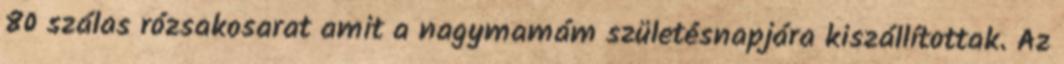
80 szálas rózsakosarat amit a nagymamám születésnapjára kiszállítottak. Az